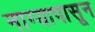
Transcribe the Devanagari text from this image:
नाग्यापासून